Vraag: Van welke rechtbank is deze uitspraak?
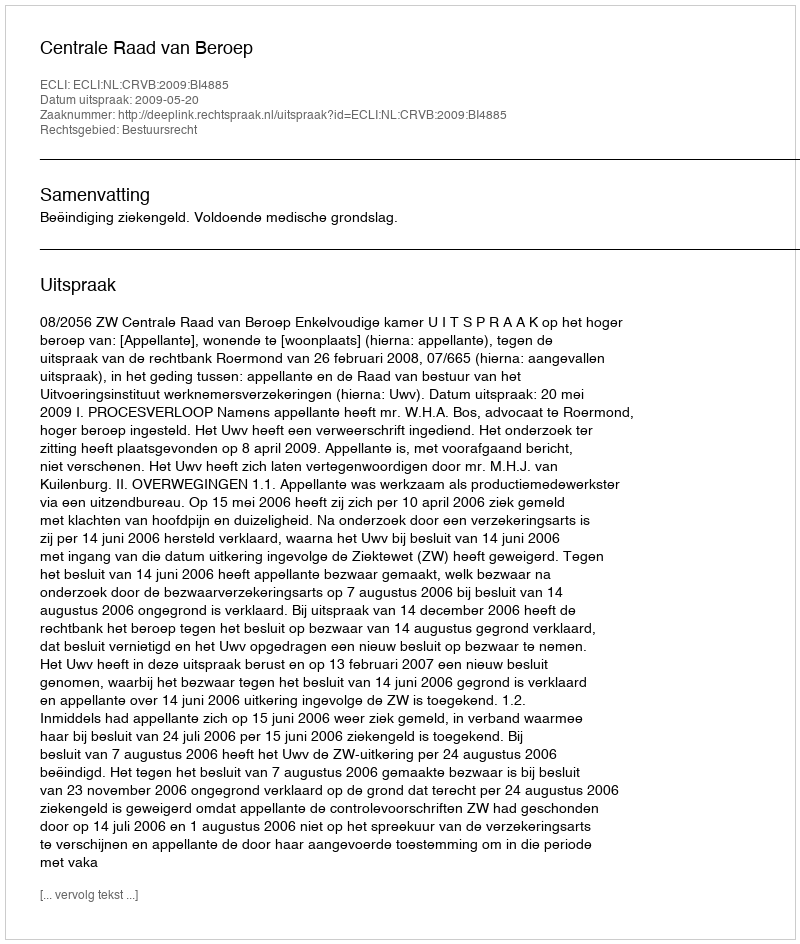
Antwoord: Centrale Raad van Beroep